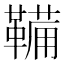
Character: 鞴